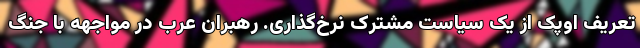
تعریف اوپک از یک سیاست مشترک نرخ‌گذاری. رهبران عرب در مواجهه با جنگ